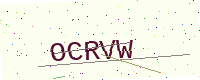
Text: OCRVW